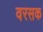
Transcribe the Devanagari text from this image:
वरसक